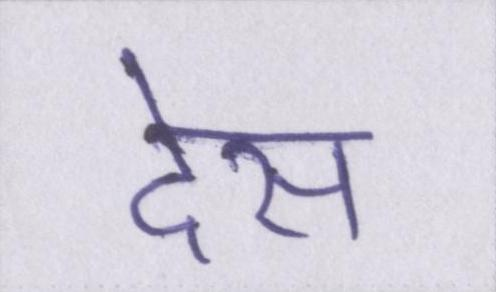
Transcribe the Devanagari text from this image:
देस